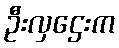
ဦးလှဌေးက